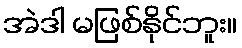
အဲဒါ မဖြစ်နိုင်ဘူး။